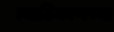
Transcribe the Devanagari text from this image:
त्याठिकाणच्या